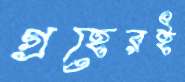
গ্রহেরই